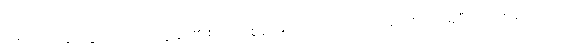
မေမေက လွင့်သွားသော အကျွန်ုပ်၏ စိတ်ကို စွန်လိုက်သော ကလေးပမာ လိုက်ဖမ်းပြီး ရစ် ကြိုး တစ်လုံးမှာ